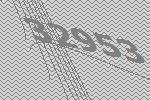
32953